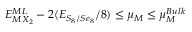
E _ { M X _ { 2 } } ^ { M L } - 2 ( E _ { S _ { 8 } / S e _ { 8 } } / 8 ) \leq \mu _ { M } \leq \mu _ { M } ^ { B u l k }